Vaccine operations Central Provinces 1868-1885 - 1868-1885
Year: 1868
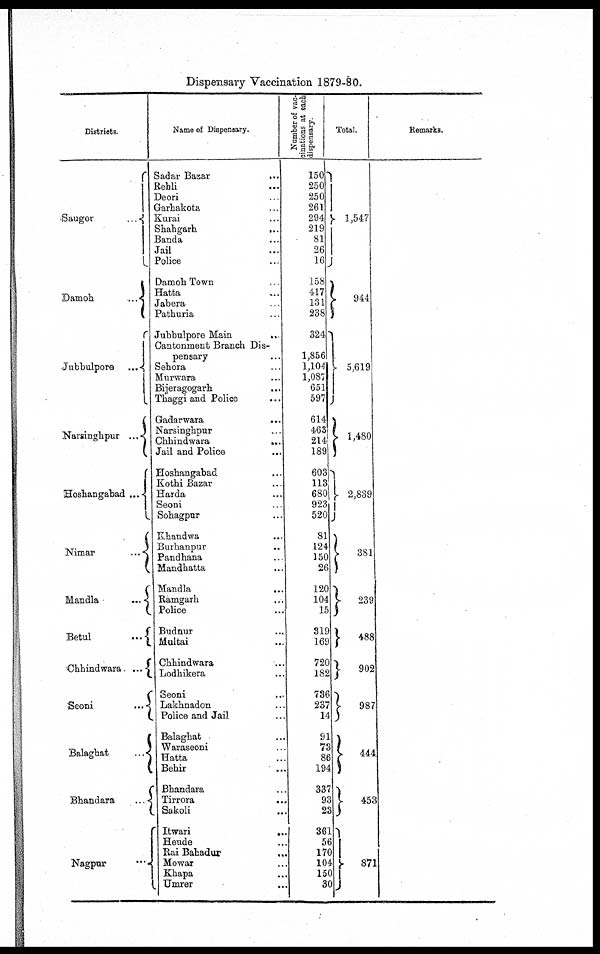
Dispensary Vaccination 1879-80.
Districts.
Saugor
...
Damoh... ... ...
Jubbulpore... ... ...
Narsinghpur... ...
Hoshangabad ... ...
Nimar... ... ...
Mandla... ... ...
Betul...
...
...
Chhindwara... ... ...
Seoni...
...
...
Balaghat... ... ...
Bhandara... ... ...
Nagpur...
...
Name of Dispensary.
Sadar Bazar... ... ...
Rehli...
...
...
...
Deori... ... ...
Garhakota... ... ...
Kurai... ... ...
Shahgarh...
...
...
Banda... ... ...
Jail... ... ...
Police... ... ...
Damoh Town... ... ...
Hatta... ... ...
Jabera...
...
...
Pathuria... ... ...
Jubbulpore Main... ... ...
Cantonment Branch Dis-
pensary... ... ...
Sehora... ... ...
Murwara... ... ...
Bijeragogarh... ... ...
Thaggi and Police... ... ...
Gadarwara... ... ...
Narsinghpur... ...
Chhindwara... ... ...
Jail and Police... ... ...
Hoshangabad... ... ...
Kothi Bazar... ...
Harda... ...
Seoni... ...
Sohagpur... ...
Khandwa... ... ...
Burhanpur... ... ...
Pandhana... ... ...
Mandhatta... ... ...
Mandla...
...
...
Ramgarh... ... ...
Police... ... ...
Budnur... ... ...
Multai... ... ...
Chhindwara... ... ...
Lodhikera... ... ...
Seoni... ...
Lakhnadon... ... ...
Police and Jail... ... ...
Balaghat... ... ...
Waraseoni... ... ...
Hatta... ... ...
Behir... ... ...
Bhandara... ...
Tirrora...
...
...
Sakoli... ... ...
Itwari...
...
...
Heude... ... ...
Rai Bahadur... ... ...
Mowar... ... ...
Khapa... ...
Umrer... ...
Number of vac-
cinations at each
dispensary.
150
250
250
261
294
219
81
26
16
158
417
131
238
324
1,856
1,104
1,087
651
597
614
463
214
189
603
113
680
923
520
81
124
150
26
120
104
15
319
169
720
182
736
237
14
91
73
86
194
337
93
23
361
56
170
104
150
30
Total.
1,547
944
5,619
1,480
2,839
381
239
488
902
987
444
453
871
Remarks.